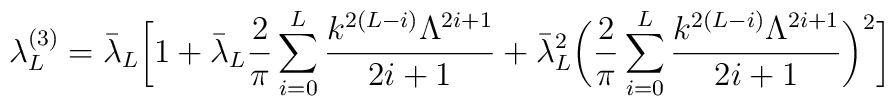
\lambda_L^{(3)} = \bar\lambda_L \biggr[1+ \bar\lambda_L \frac{2}{\pi} \sum_{i=0}^L\frac{k^{2(L-i)}\Lambda^{2i+1}}{2i+1}+\bar\lambda_L^2 \biggr( \frac{2}{\pi} \sum_{i=0}^L\frac{k^{2(L-i)}\Lambda^{2i+1}}{2i+1}\biggr)^2   \biggr]